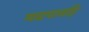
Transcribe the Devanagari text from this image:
मद्यपानहि